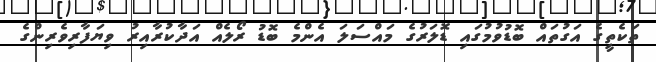
ތަކެތީގެ އަގުތައް ބޮޑުވުމުގައި ޑޮލަރުގެ މައްސަލަ އެންމެ ބޮޑު ރޯލެއް އަދާކުރާއިރު ވިޔަފާރިވެރިންގެ